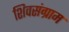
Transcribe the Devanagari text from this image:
शिवसंग्राम